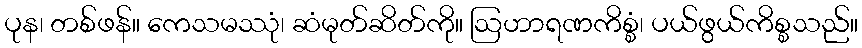
ပုန၊ တစ်ဖန်။ ကေသမဿုံ၊ ဆံမုတ်ဆိတ်ကို။ ဩဟာရဏကိစ္စံ၊ ပယ်ဖွယ်ကိစ္စသည်။